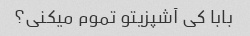
بابا کی آشپزیتو تموم میکنی؟